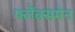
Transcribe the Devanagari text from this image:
फ्लैंक्समेन